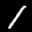
Label: 1